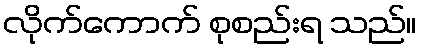
လိုက်ကောက် စုစည်းရ သည်။